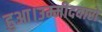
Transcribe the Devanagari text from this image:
हुआ।उम्मीदवारों